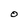
Character: O